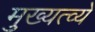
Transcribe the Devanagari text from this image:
मुख्यत्व्ये